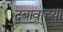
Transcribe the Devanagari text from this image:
दबावाच्या